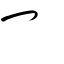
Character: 冖